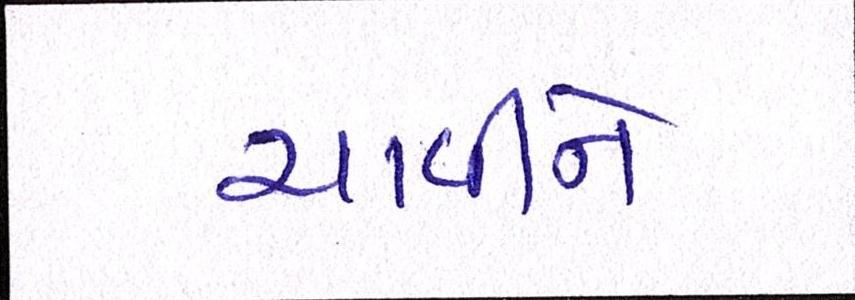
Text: ચાવીને